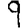
Digit: 9